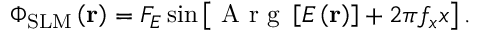
{ { \Phi } _ { \mathrm { S L M } } } \left( { \bf { r } } \right) = { { F } _ { E } } \sin \left[ \mathrm { ~ A ~ r ~ g ~ } \left[ E \left( { \bf { r } } \right) \right] + 2 \pi { { f } _ { x } } x \right] .